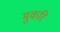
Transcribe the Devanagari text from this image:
मुकरि